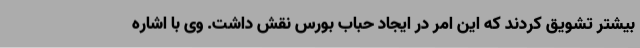
بیشتر تشویق کردند که این امر در ایجاد حباب بورس نقش داشت. وی با اشاره